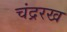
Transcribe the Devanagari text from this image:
चंद्ररख